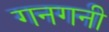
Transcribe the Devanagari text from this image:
गनगनी